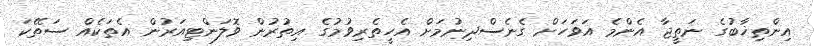
އިންތިޚާބުގެ ނަތީޖާ އެންމެ އަވަހަށް ގެނެސްދިނުމަށް އެހީތެރިވުމުގެ އިތުރުން ވޮލަންޓިއަރުން އެތަކެއް ސަތޭކަ